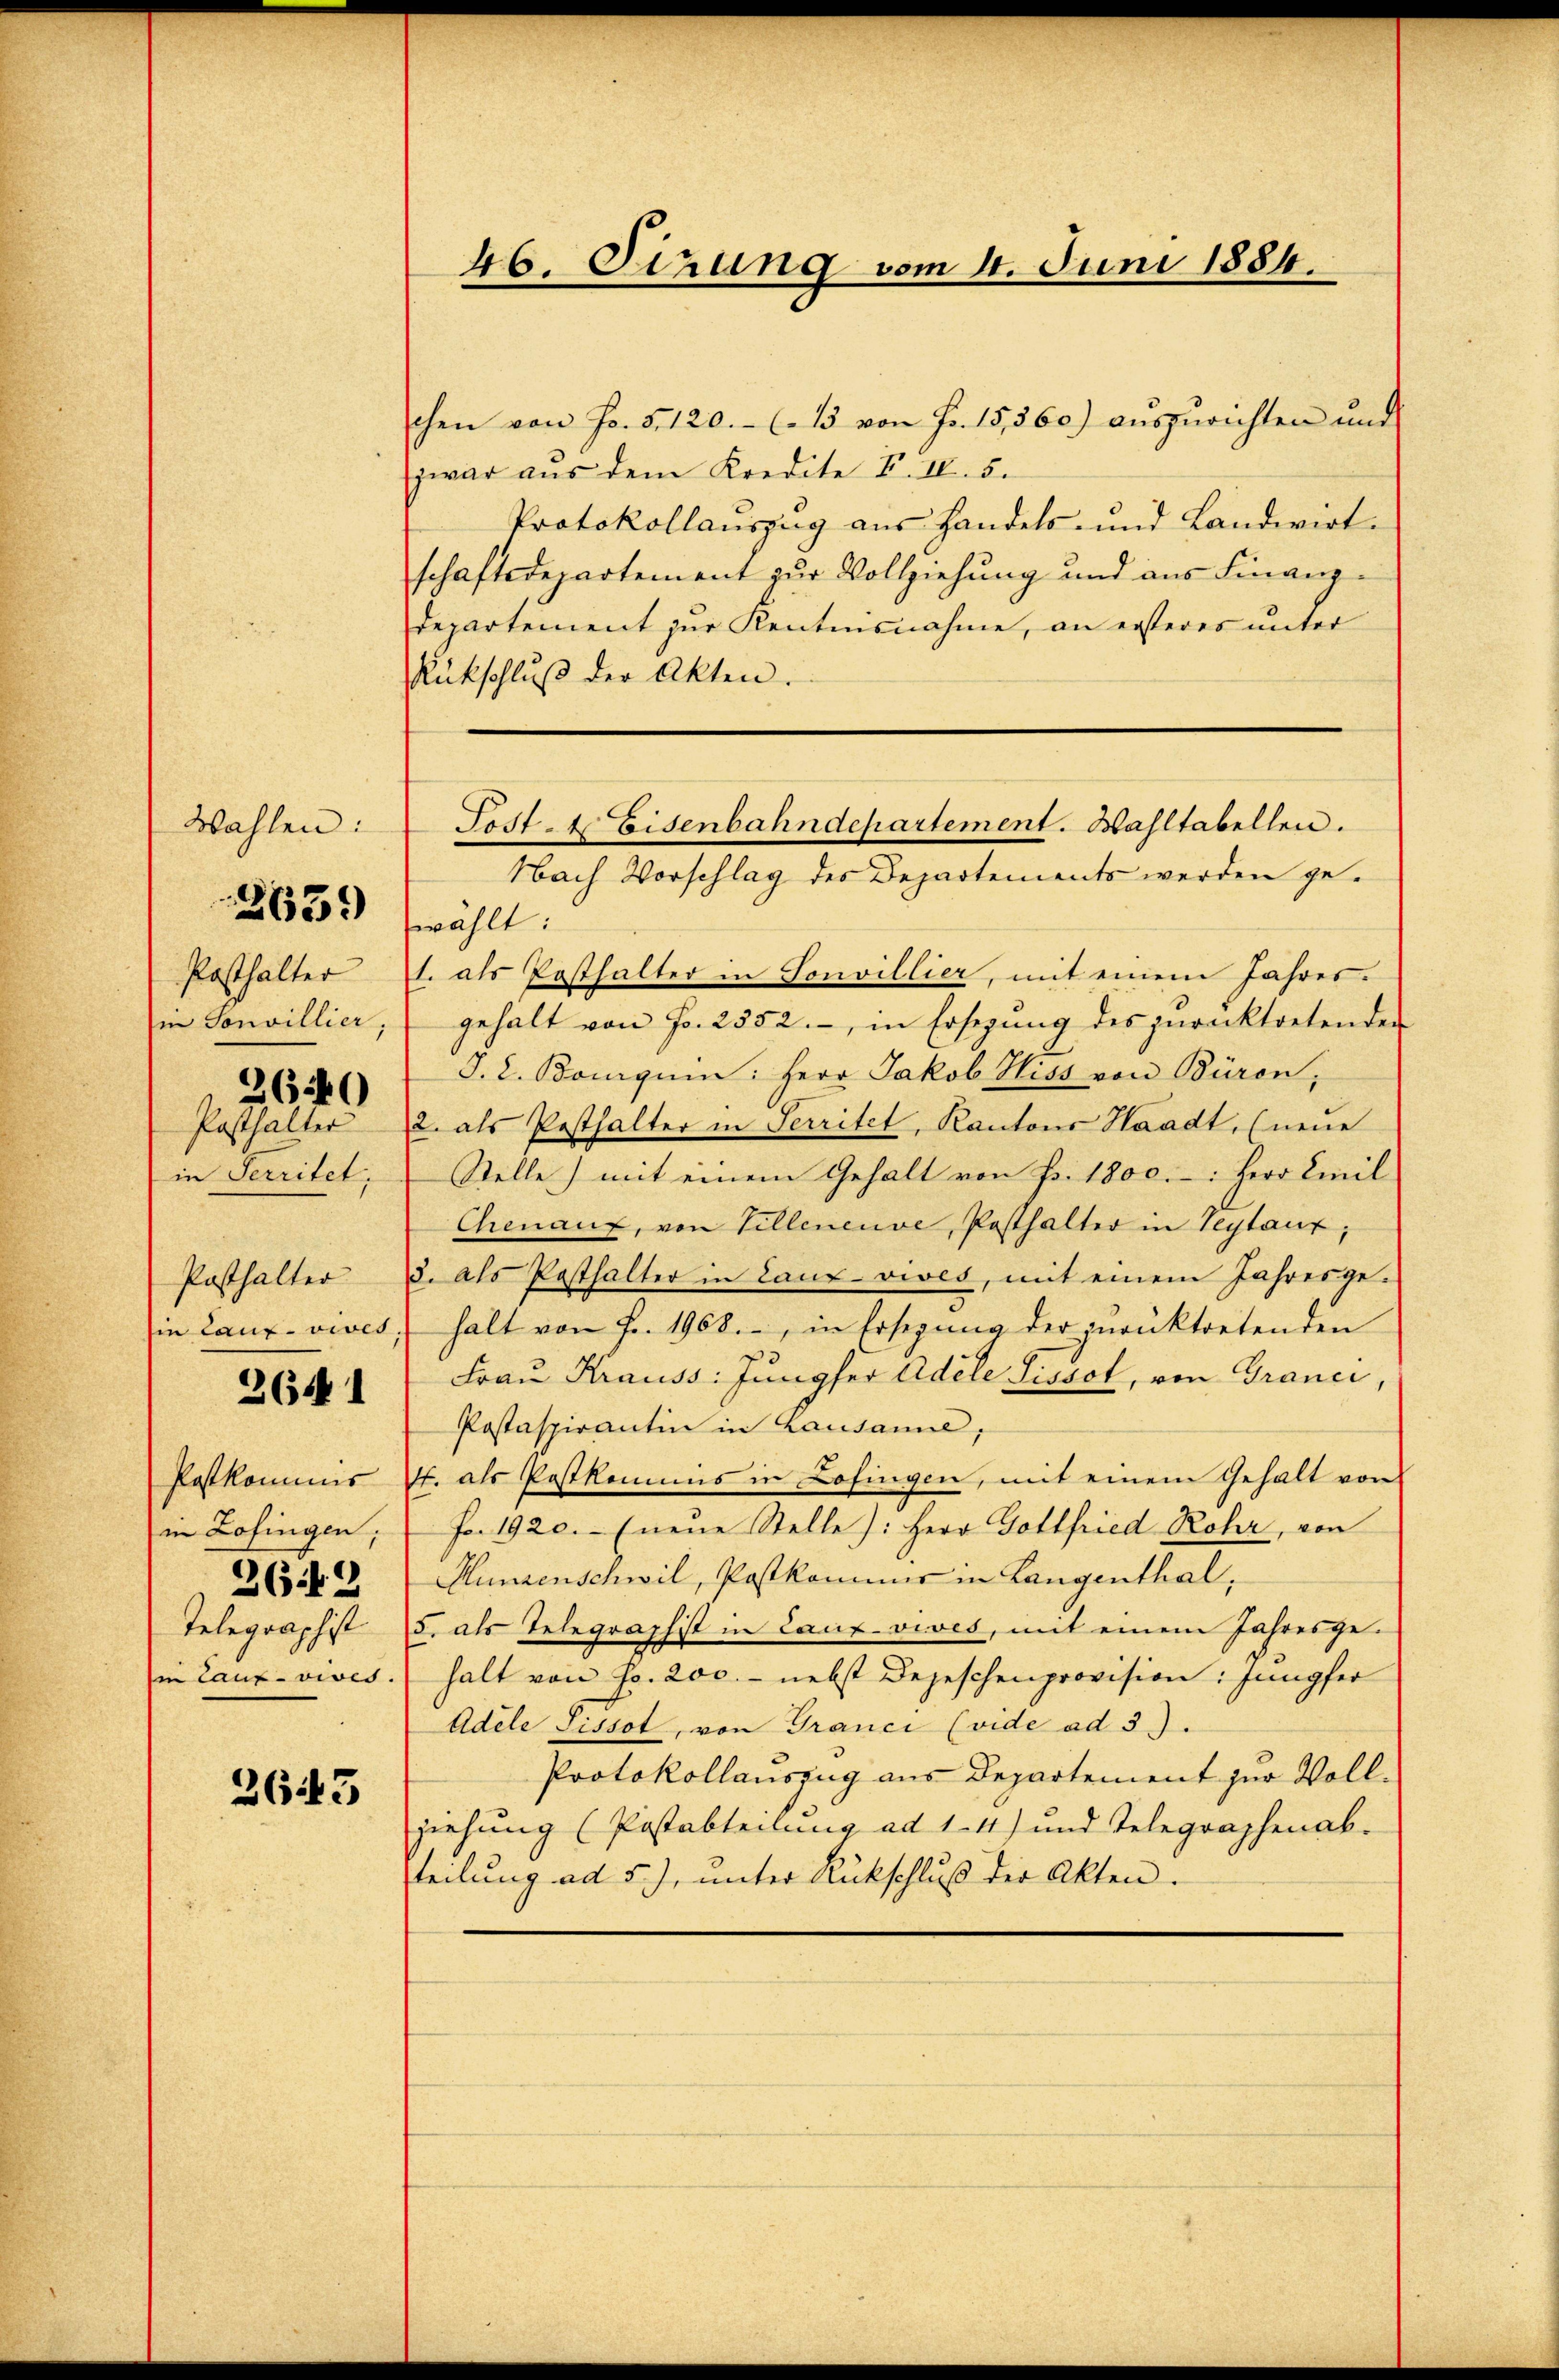
Wahlen:

Posthalter
in Sonvillier,
2640
Posthalter
in Territet;

2659

Posthalter
sie lauf vives,
2641

Postkommis
in Lofingen;
2649
Telegraphist
in Caux-vives.

2643

46. Sirung vom 4. Juni 1884.

chen von Fr. 5. 120.- (13 von Fr. 15,560) auszurichten und
zwar aus dem Kredite F. IV. 5.
Protokollauszug aus Handels- und Landwirtschaftsdepartement zur Vollziehung und aus Finanz-
Departement zur Kentensnahme, an ersteres unter
Rückschlŭβ der Akten.

wählt:
1. als Posthalter in Sonvillier, mit einem Jahresgehalt von Fr. 2552. -, in Ersezung des zurücktretenden
J. L. Bonguen: Herr Jakob Hiss von Büron,
2. als Posthalter in Territet, Kantons Staadt, (neue
Stelle) mit einem Gehalt von Fr. 1800.-: Herr Emil
Chenauz, von Villeneuve, Posthalter in Teytaux;
3. als Posthalter in Lanz vives, mit einem Jahresgehalt von Fr. 1968., in Ersegŭng der junktretenden
Frau Krauss: Jungfer Adele Sissot, von Granci,
Postaspirantin in Lausanne,
7t. als Postkommis in Lofingen, mit einem Gehalt von
Fr. 1920.- (neue Stelle): Herr Gottfried Rohr, von
Hungenschwil, Postkommer in Langenthal,
5. als Telegraphist in Lanz vives, mit einem Jahresge-
halt von Fr. 200.- nebst Depeschenprovision: Jungfer
Adele Sissot, von Tranci (vide ad 3).
Protokollauszug aus Departement zur Vollziehung (Postabteilung ad 1. 4) und Telegraphenab-
teilung ad 5), unter Rückschlŭβ der Akten.

Post- & Eisenbahndepartement. Wahltabellen.
Nach Vorschlag des Departements werden ge¬